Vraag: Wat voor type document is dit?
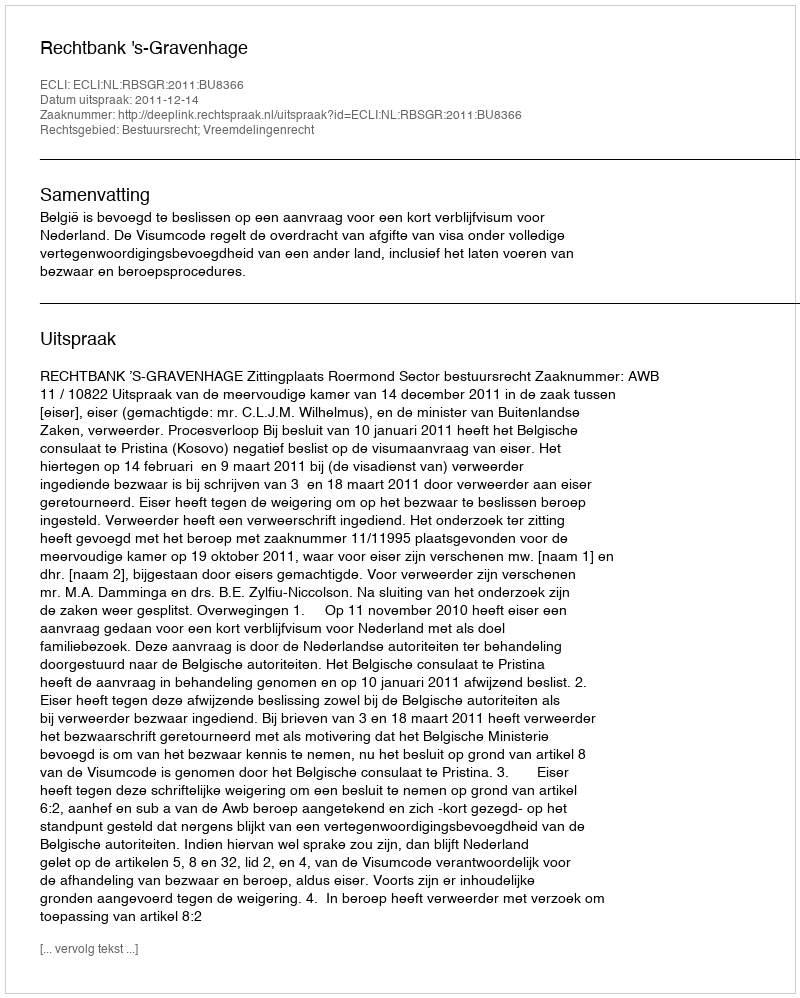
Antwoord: Uitspraak